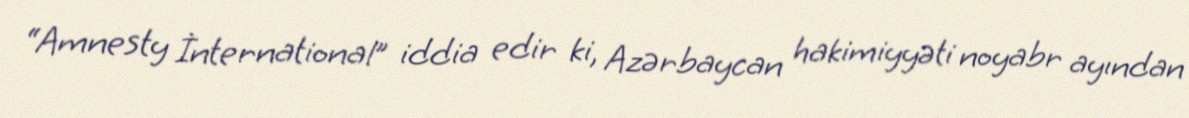
“Amnesty İnternational” iddia edir ki, Azərbaycan hakimiyyəti noyabr ayından